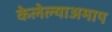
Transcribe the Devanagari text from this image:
केलेल्याअमाप